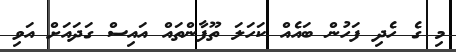
މި ގެ ހެދި ފަހުން ބައެއް ކަހަލަ ތޫފާންތައް އައިސް ގަދައަށް އަވި